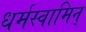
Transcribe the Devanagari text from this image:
धर्मस्वामिन्